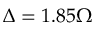
\Delta = 1 . 8 5 \Omega